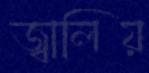
জ্বালিয়